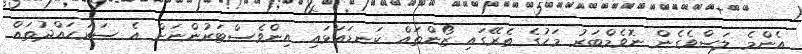
އެންމެ ލަސްވެގެން ނޮވެމްބަރު މަހުގެ ތެރޭގައި ޒޯންތައް ކަނޑައަޅައި އިންވެސްޓަރުންނަށް އެ ސަރަހައްދުތައް